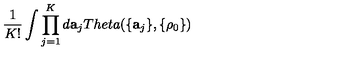
\frac { 1 } { K ! } \int \prod _ { j = 1 } ^ { K } d { \bf a } _ { j } T h e t a ( \{ { \bf a } _ { j } \} , \{ \rho _ { 0 } \} )